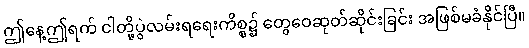
ဤနေ့ဤရက် ငါတို့ပွဲလမ်းရရေးကိစ္စ၌ တွေဝေဆုတ်ဆိုင်းခြင်း အဖြစ်မခံနိုင်ပြီ။